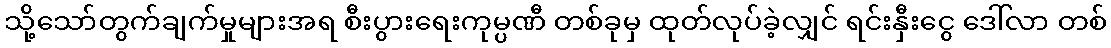
သို့သော်တွက်ချက်မှုများအရ စီးပွားရေးကုမ္ပဏီ တစ်ခုမှ ထုတ်လုပ်ခဲ့လျှင် ရင်းနှီးငွေ ဒေါ်လာ တစ်